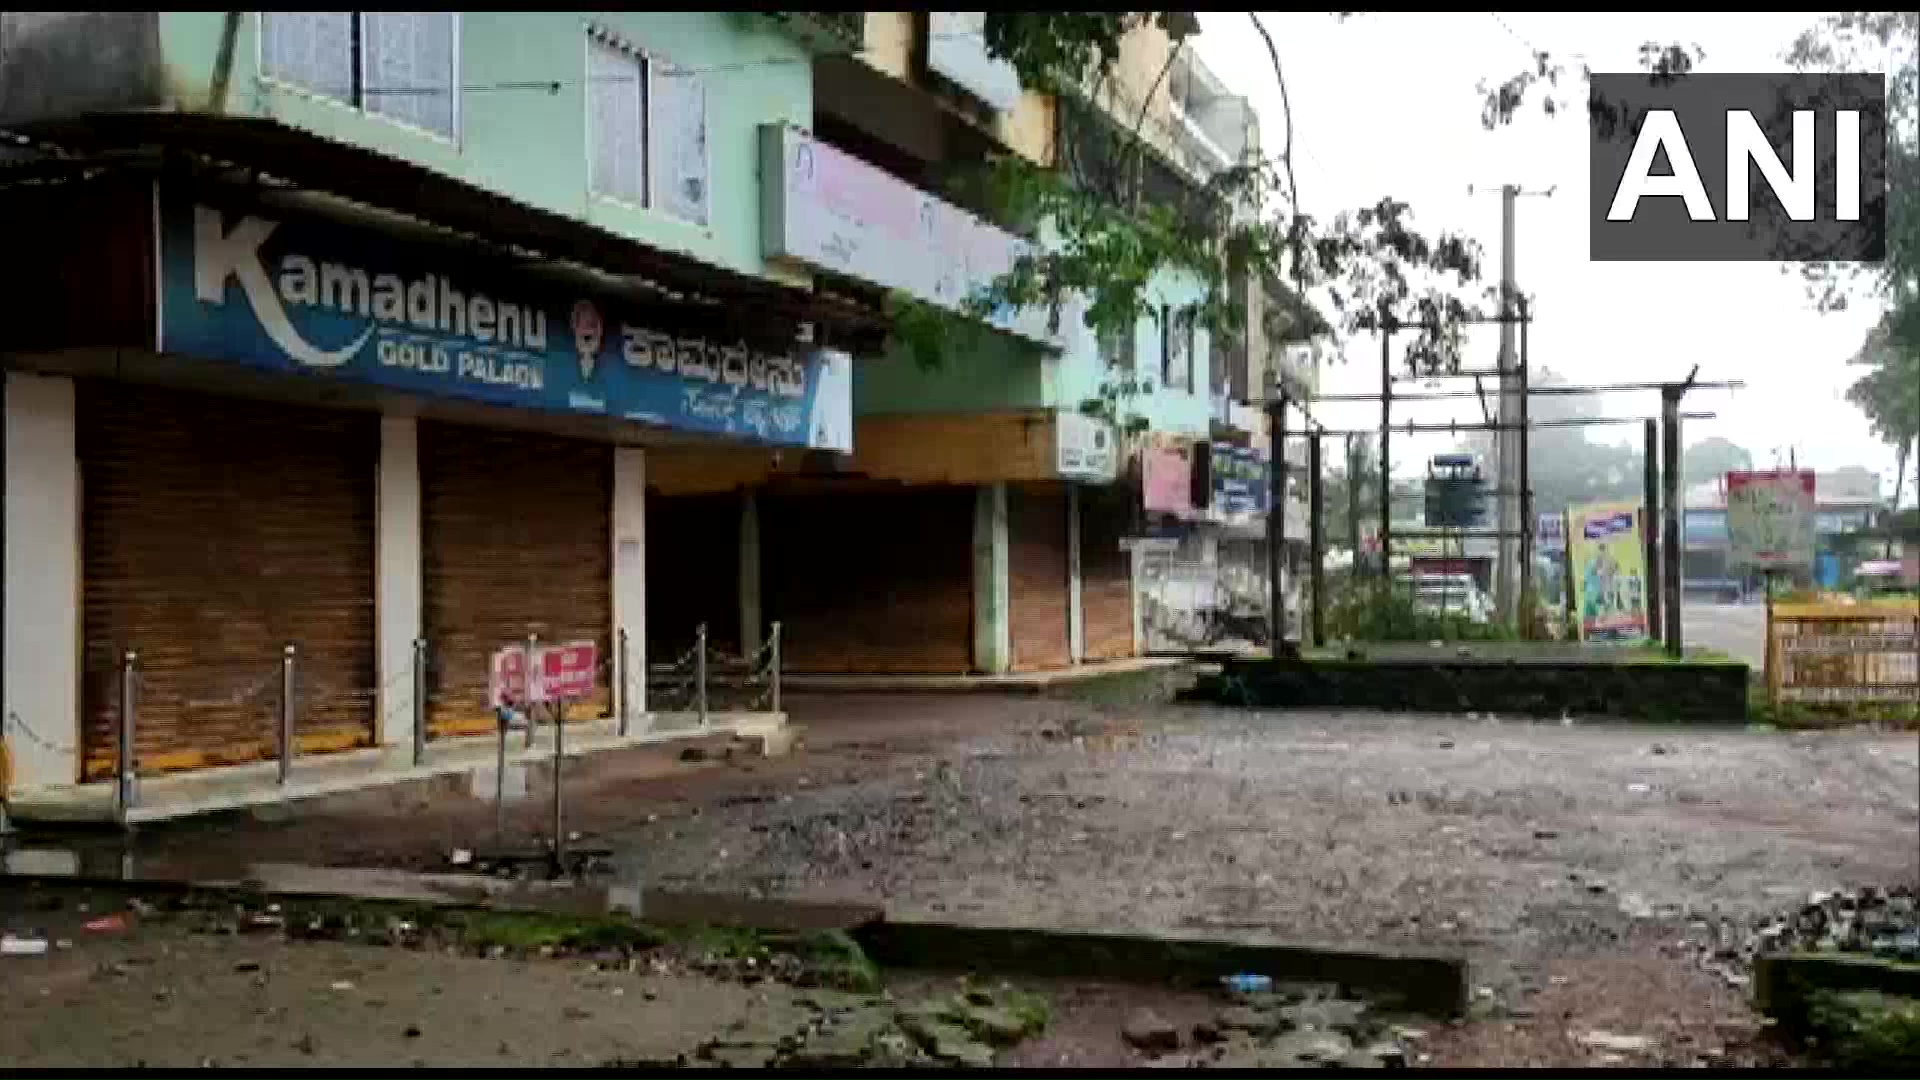
Language: kannada
Transcription: ಕಾಮಧೇನು